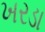
ખરડા